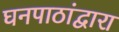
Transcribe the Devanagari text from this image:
घनपाठांद्वारा